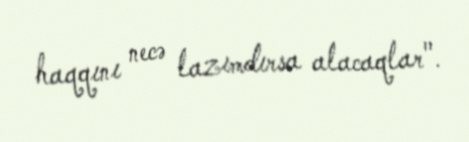
haqqını necə lazımdırsa alacaqlar".